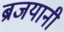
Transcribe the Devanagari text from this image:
ब्रजयानी